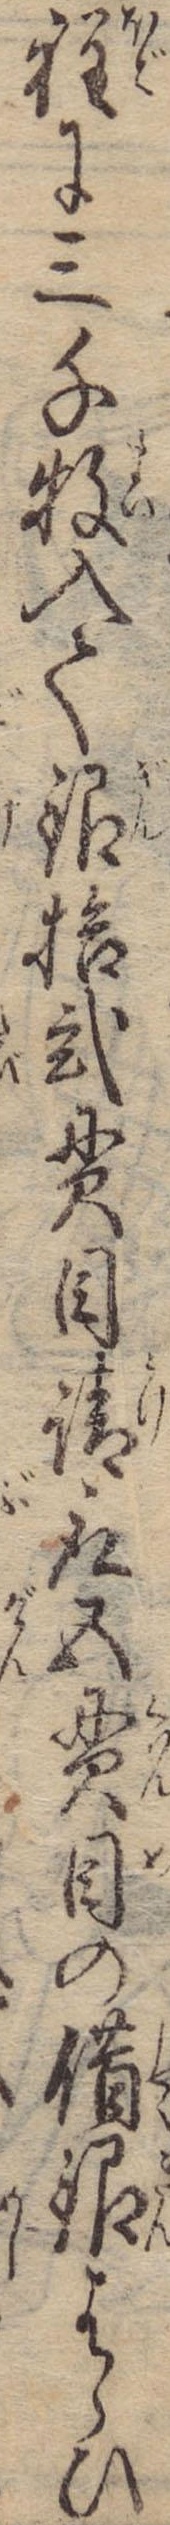
程に三千牧入て銀拾弐貫目請取五貫目の借銀はらひ